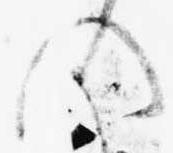
の